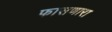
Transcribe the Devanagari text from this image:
फासणारा